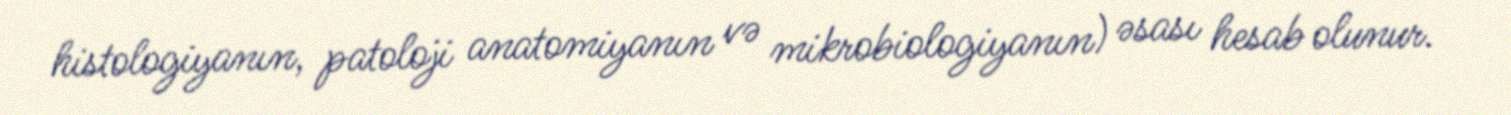
histologiyanın, patoloji anatomiyanın və mikrobiologiyanın) əsası hesab olunur.